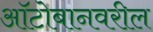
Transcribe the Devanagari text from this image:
ऑटोबानवरील